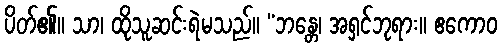
ပိတ်၏။ သာ၊ ထိုသူဆင်းရဲမသည်။ “ဘန္တေ၊ အရှင်ဘုရား။ ဧကောဝ